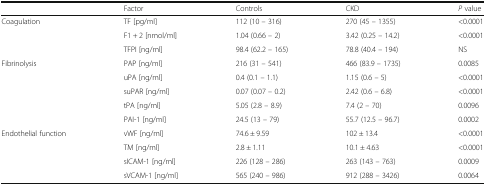
|  | Factor | Controls | CKD | P value |
 | --- | --- | --- | --- | --- |
 | <ROWSPAN=3> Coagulation | TF [pg/ml] | 112 (10 – 316) | 270 (45 – 1355) | <0.0001 |
 | F1 + 2 [nmol/ml] | 1.04 (0.66 – 2) | 3.42 (0.25 – 14.2) | <0.0001 |
 | TFPI [ng/ml] | 98.4 (62.2 – 165) | 78.8 (40.4 – 194) | NS |
 | <ROWSPAN=5> Fibrinolysis | PAP [ng/ml] | 216 (31 – 541) | 466 (83.9 – 1735) | 0.0085 |
 | uPA [ng/ml] | 0.4 (0.1 – 1.1) | 1.15 (0.6 – 5) | <0.0001 |
 | suPAR [ng/ml] | 0.07 (0.07 – 0.2) | 2.42 (0.6 – 6.8) | <0.0001 |
 | tPA [ng/ml] | 5.05 (2.8 – 8.9) | 7.4 (2 – 70) | 0.0096 |
 | PAI-1 [ng/ml] | 24.5 (13 – 79) | 55.7 (12.5 – 96.7) | 0.0002 |
 | <ROWSPAN=4> Endothelial function | vWF [ng/ml] | 74.6 ± 9.59 | 102 ± 13.4 | <0.0001 |
 | TM [ng/ml] | 2.8 ± 1.11 | 10.1 ± 4.63 | <0.0001 |
 | sICAM-1 [ng/ml] | 226 (128 – 286) | 263 (143 – 763) | 0.0009 |
 | sVCAM-1 [ng/ml] | 565 (240 – 986) | 912 (288 – 3426) | 0.0064 |